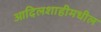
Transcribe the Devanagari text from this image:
आदिलशाहीमधील